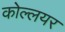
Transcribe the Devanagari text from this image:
कोल्लयर